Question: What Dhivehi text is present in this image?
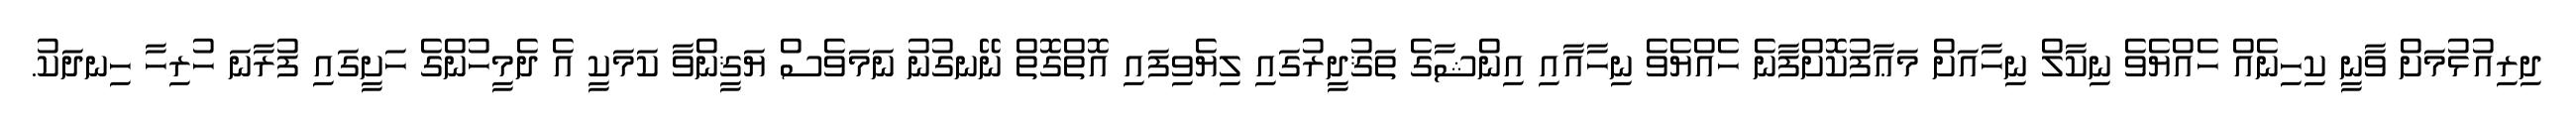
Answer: ދިރިއުޅުމަށް ވާނީ ކިހިނެއް ހެއްޔެވެ ނިކާލް ނިހާއަށް މަޢާފުކޮށްފާނެ ހެއްޔެވެ ނިހާއާއި އިންޝާގެ ތަޤުދީރުގައި ލިޔެވިފައި އޮތްގޮތް ނޭނގުނު ނަމަވެސް ޔަޤީންވާ ކަމަކީ އެ ދެމީހުންގެ ހަށީގައި ފުރާނަ ހުރިހާ ހިނދަކު.